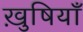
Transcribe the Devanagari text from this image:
ख़ुषियाँ